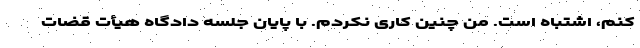
کنم، اشتباه است. من چنین کاری نکردم. با پایان جلسه دادگاه هیأت قضات